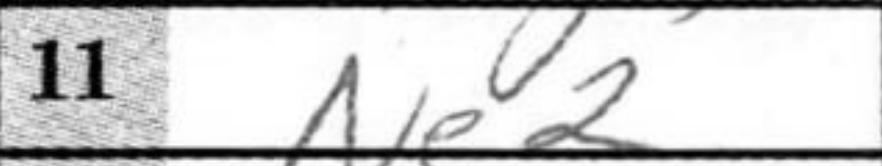
Transcription: Ne2